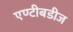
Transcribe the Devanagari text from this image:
एण्टीबडीज